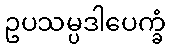
ဥပသမ္ပဒါပေက္ခံ